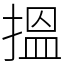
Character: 搵